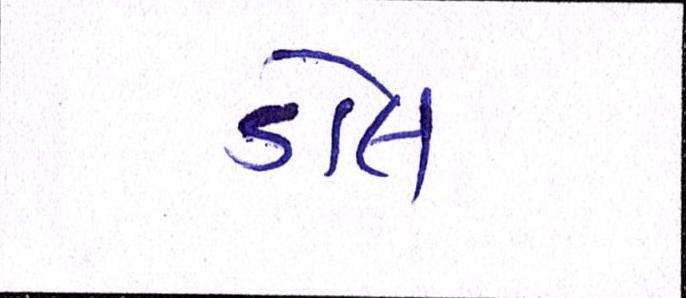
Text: ડોલ